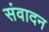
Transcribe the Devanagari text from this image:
संवादन